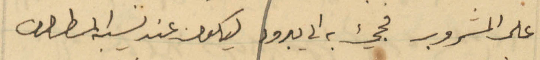
على المشروب فجي به الى يبرود ليكون عند نسيبه المطران